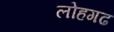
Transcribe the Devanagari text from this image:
लोहगढ